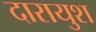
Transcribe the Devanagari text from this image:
दारायुश